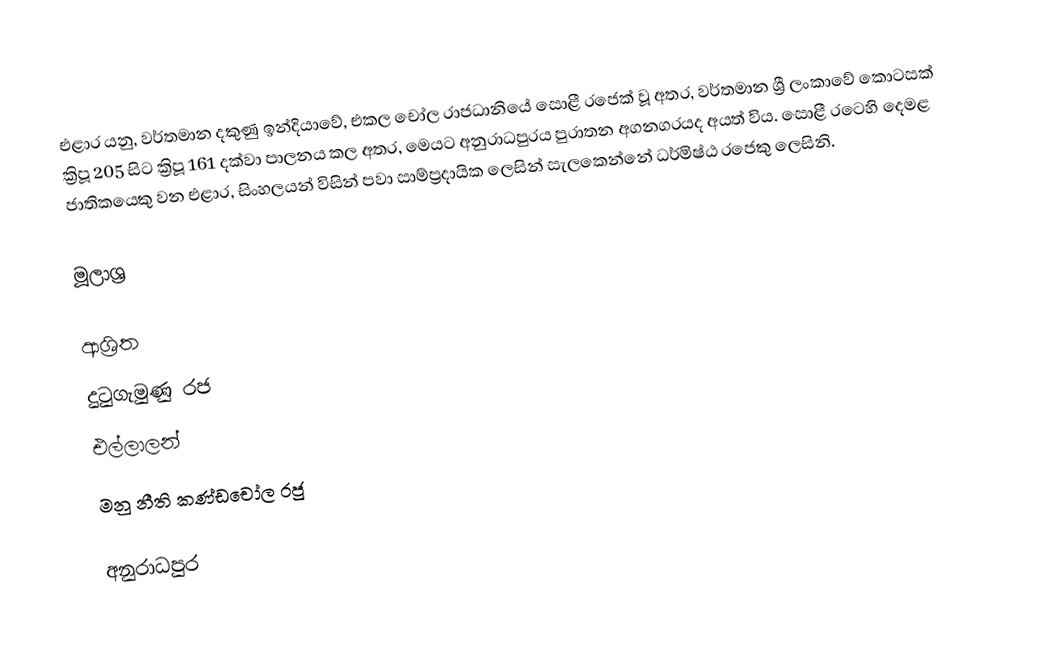
එළාර යනු, වර්තමාන දකුණු ඉන්දියාවේ, එකල චෝල රාජධානියේ සොළී රජෙක් වූ අතර, වර්තමාන  ශ්‍රී ලංකාවේ කොටසක්    ක්‍රිපූ 205 සිට ක්‍රිපූ 161 දක්වා පාලනය කල අතර, මෙයට   අනුරාධපුරය පුරාතන අගනගරයද අයත් විය. සොළී රටෙහි දෙමළ ජාතිකයෙකු වන එළාර, සිංහලයන් විසින් පවා සාම්ප්‍රදායික ලෙසින් සැලකෙන්නේ ධර්මිෂ්ඨ රජෙකු ලෙසිනි.

මූලාශ්‍ර

ආශ්‍රිත
 දුටුගැමුණු රජ
 එල්ලාලන්
 මනු නීති කණ්‌ඩචෝල රජු

අනුරාධපුර